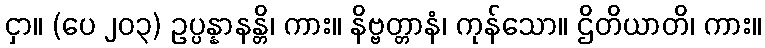
ငှာ။ (ပေ ၂၀၃) ဥပ္ပန္နာနန္တိ၊ ကား။ နိဗ္ဗတ္တာနံ၊ ကုန်သော။ ဌိတိယာတိ၊ ကား။